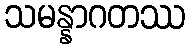
သမန္နာဂတဿ